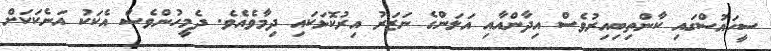
ސީހައުސްގައި ކާންތިބިއިރުވެސް އިދާންއާއި އަލަންގެ ނަޒަރު އިރުކޮޅަކައި ދިމާވެއެވެ. ދެމީހުންވެސް އެކަކު އަނެކަކަށް